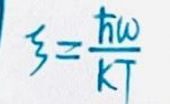
$3 = \frac { \hbar \omega } { k T }$